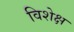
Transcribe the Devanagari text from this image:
विशेक्ष